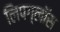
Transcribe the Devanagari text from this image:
लिपग्लॉस